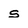
Character: s